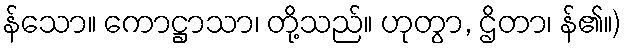
န်သော။ ကောဋ္ဌာသာ၊ တို့သည်။ ဟုတွာ, ဌိတာ၊ န်၏။)